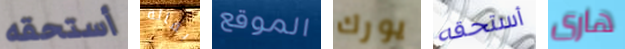
أستحقه بقالة الموقع يورك أستحقه هارى